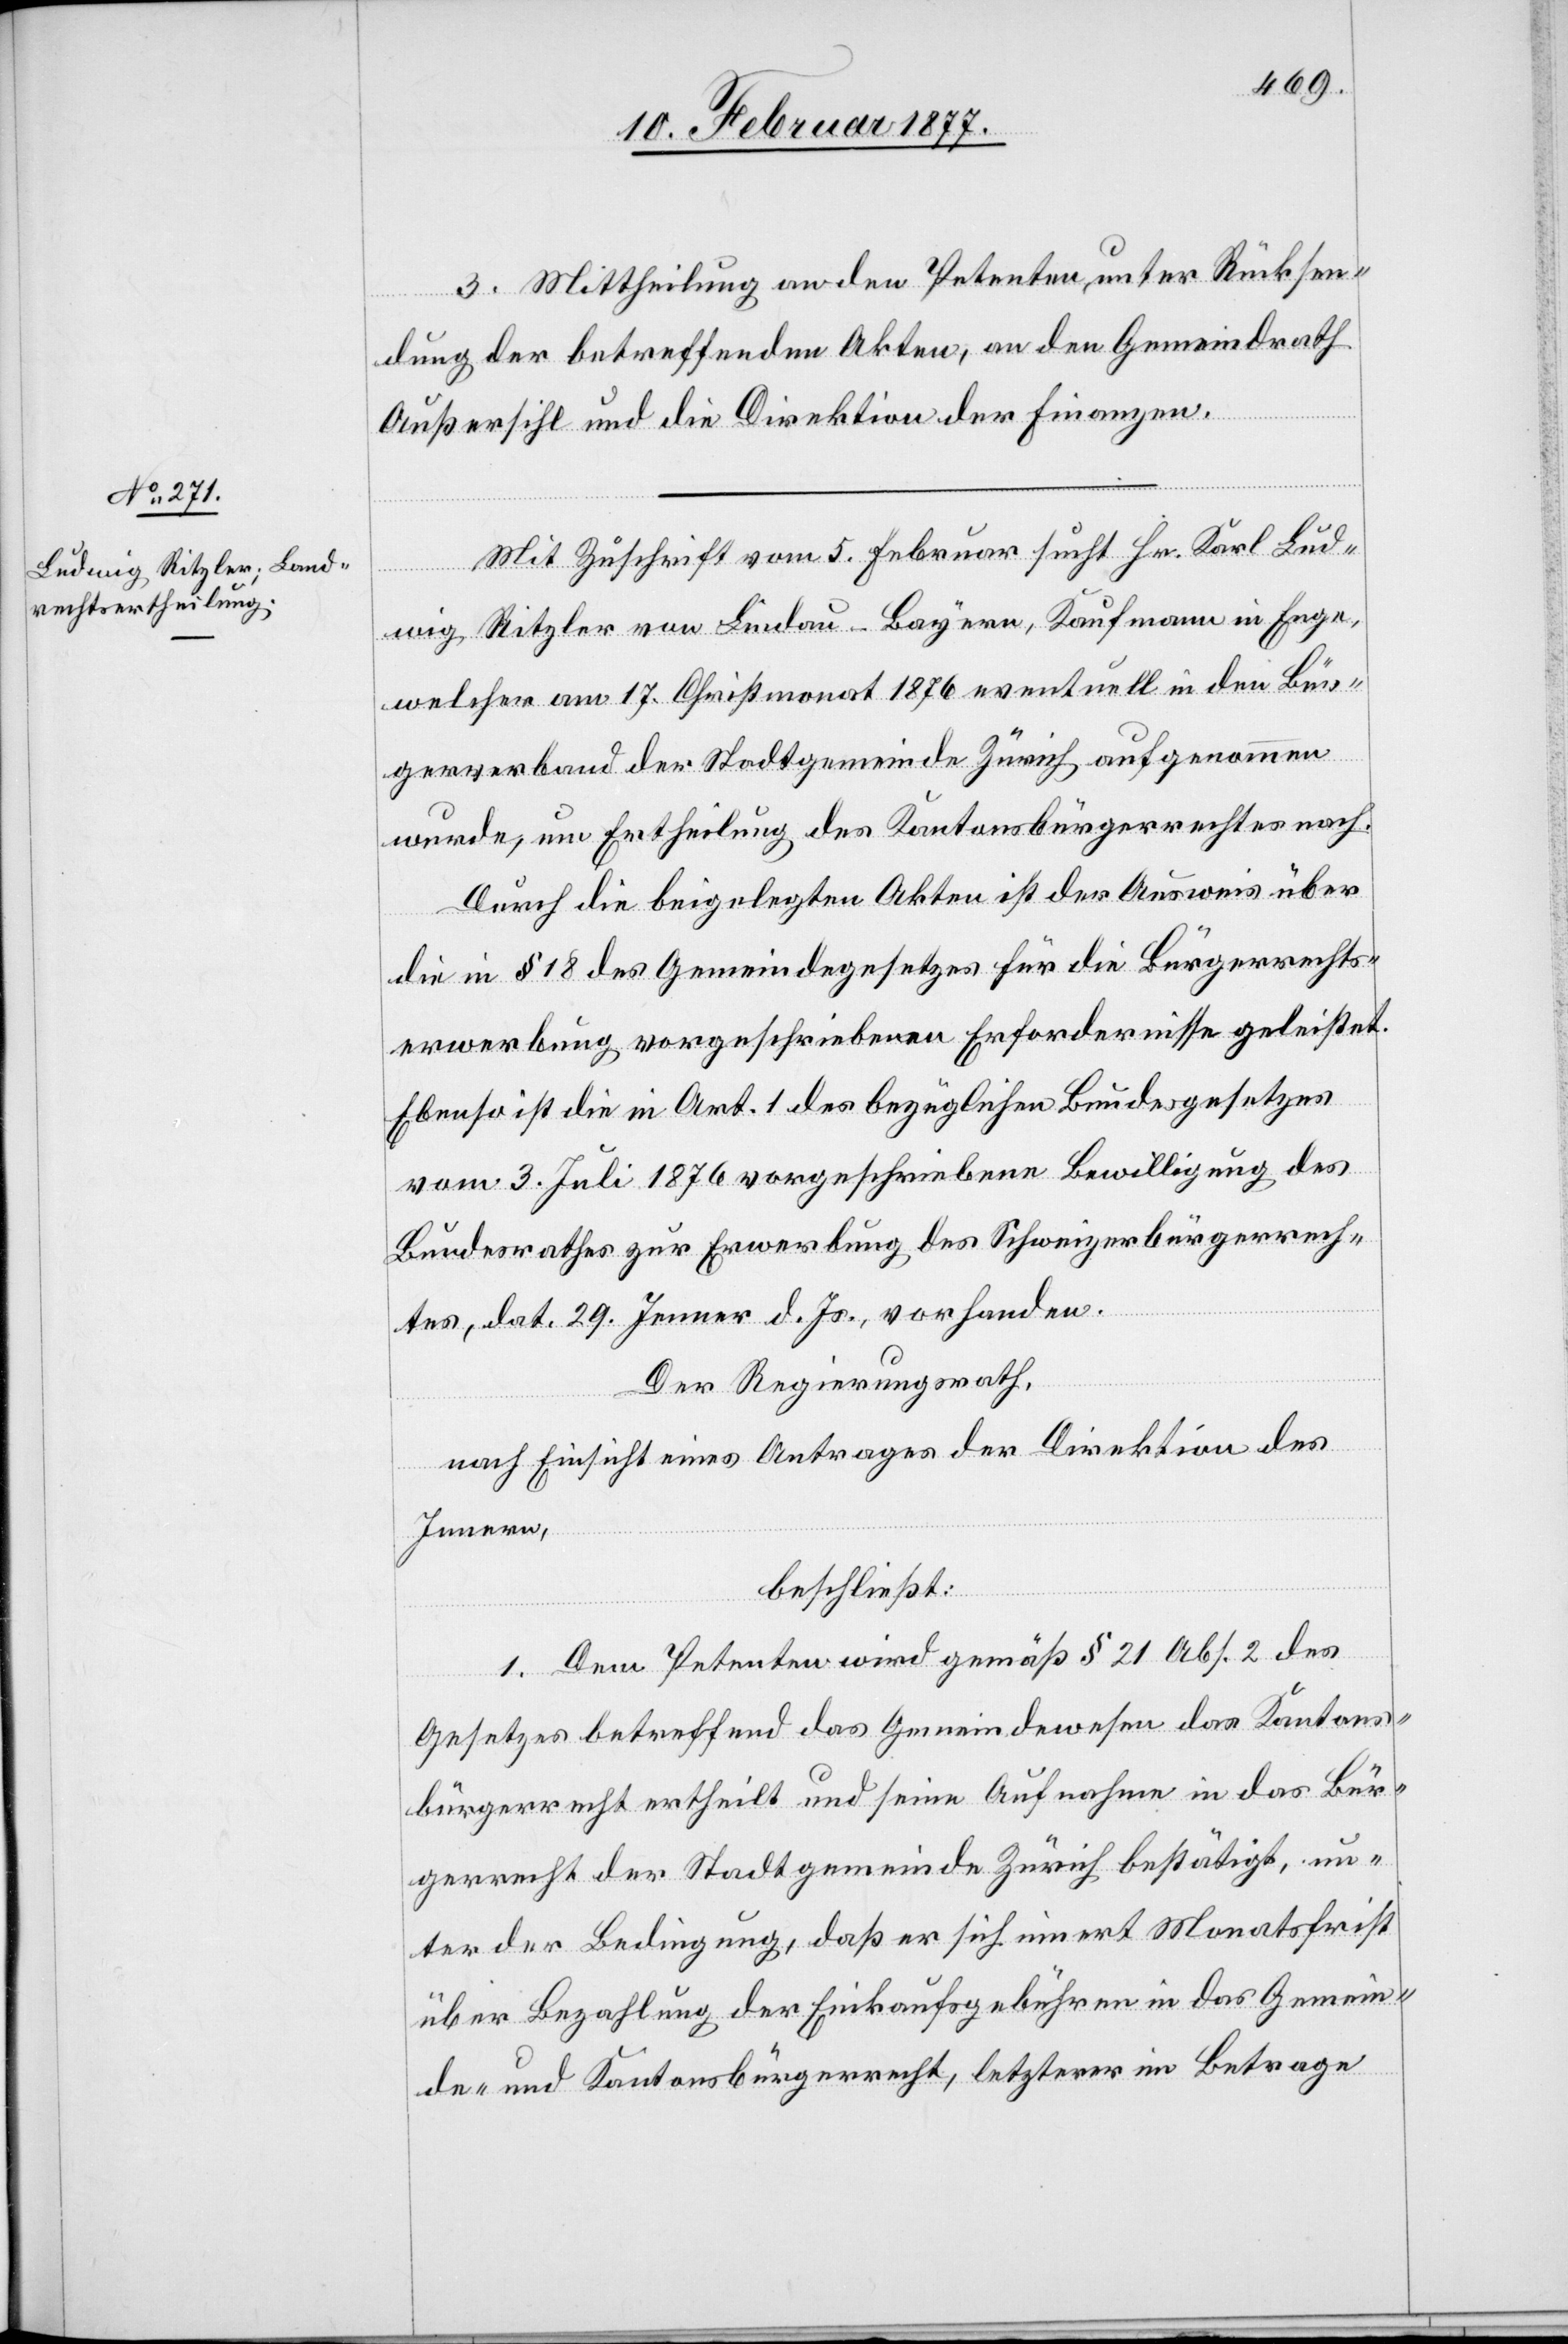
3. Mittheilung an den Petenten, unter Rücksen¬
dung der betreffenden Akten, an den Gemeindrath
Außersihl und an die Direktion der Finanzen.
Mit Zuschrift vom 5. Februar sucht Hr. Karl Lud¬
wig Ritzler von Lindau - Bayern, Kaufmann in Enge,
welcher am 17. Christmonat 1876 eventuell in den Bür¬
gerverband der Stadtgemeinde Zürich aufgenommen
wurde, um Ertheilung des Kantonsbürgerrechtes nach.
Durch die beigelegten Akten ist der Ausweis über
die in § 18 des Gemeindegesetzes für die Bürgerrechts¬
erwerbung vorgeschriebenen Erfordernisse geleistet.
Ebenso ist die in Art. 1 des bezüglichen Bundesgesetzes
vom 3. Juli 1876 vorgeschriebene Bewilligung des
Bundesrathes zur Erwerbung des Schweizerbürgerrech¬
tes, dat. 29. Jenner d. Js., vorhanden.
Der Regierungsrath,
nach Einsicht eines Antrages der Direktion des
Innern,
beschließt:
1. Dem Petenten wird gemäß § 21 Abs. 2 des
Gesetzes betreffend das Gemeindewesen das Kantons¬
bürgerrecht ertheilt und seine Aufnahme in das Bür¬
gerrecht der Stadtgemeinde Zürich bestätigt, un¬
ter der Bedingung, daß er sich innert Monatsfrist
über Bezahlung der Einkaufsgebühren in das Gemein¬
de- und Kantonsbürgerrecht, letzterer im Betrage